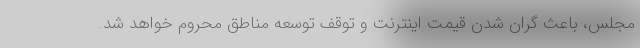
مجلس، باعث گران شدن قیمت اینترنت و توقف توسعه مناطق محروم خواهد شد.